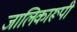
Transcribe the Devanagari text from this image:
जालिकारूपी